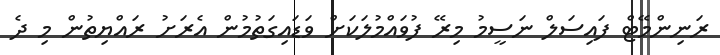
ރަނިންމޭޓް ފައިސަލް ނަސީމު މިރޭ ފުވައްމުލަކަށް ވަޑައިގަތުމުން އެރަށު ރައްޔިތުން މި ދެ